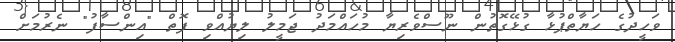
ވަހީދުގެ ހަޔާތްޕުޅާ ގުޅޭގޮތުން ނޫސްވެެރިޔާ މުހައްމަދު ޖަމީލު ލިޔުއްވި ފޮތް "އިންސާފު" ނެރުމަށް